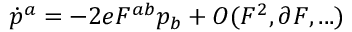
\dot { p } ^ { a } = - 2 e F ^ { a b } p _ { b } + { \cal O } ( F ^ { 2 } , \partial F , . . . )